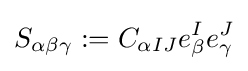
S_{\alpha \beta \gamma }:=C_{\alpha IJ}e_{\beta }^{I}e_{\gamma }^{J}